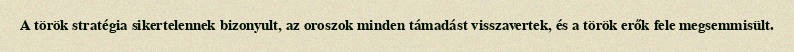
A török stratégia sikertelennek bizonyult, az oroszok minden támadást visszavertek, és a török erők fele megsemmisült.